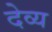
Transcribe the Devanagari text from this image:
देव्य